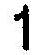
1